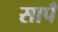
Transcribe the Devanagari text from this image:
सापँ